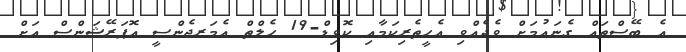
އެ ބޭސްތައް ގެނައުމަށް ވެދެއްވި އެހީތެރިކަމާއި ކޮވިޑް-19 ހެލްތް އެމަރޖެންސީ އޮޕަރޭޝަންސް އަށް